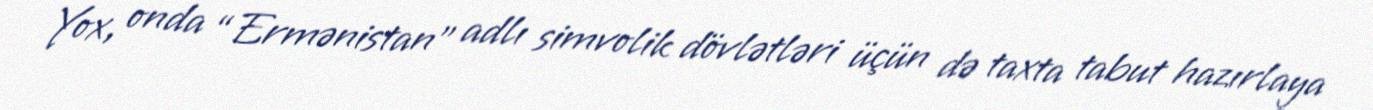
Yox, onda “Ermənistan” adlı simvolik dövlətləri üçün də taxta tabut hazırlaya